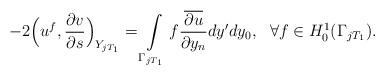
LaTeX: \begin{align*} -2\Big(u^f,\frac{\partial v}{\partial s}\Big)_{Y_{jT_1}}=\int\limits_{\Gamma_{jT_1}}f\frac{\overline{\partial u}}{\partial y_n}dy'dy_0,\ \ \forall f\in H_0^1(\Gamma_{jT_1}).\end{align*}